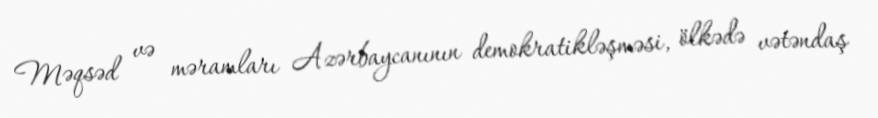
Məqsəd və məramları Azərbaycanının demokratikləşməsi, ölkədə vətəndaş